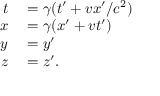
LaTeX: \begin{array} { r l } { t } & { { } = \gamma ( t ^ { \prime } + v x ^ { \prime } / c ^ { 2 } ) } \\ { x } & { { } = \gamma ( x ^ { \prime } + v t ^ { \prime } ) } \\ { y } & { { } = y ^ { \prime } } \\ { z } & { { } = z ^ { \prime } . } \end{array}